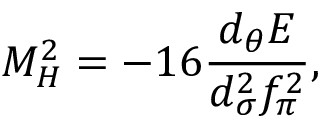
M _ { H } ^ { 2 } = - 1 6 \frac { d _ { \theta } E } { d _ { \sigma } ^ { 2 } f _ { \pi } ^ { 2 } } ,